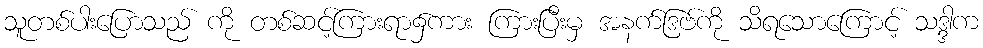
သူတစ်ပါးပြောသည် ကို တစ်ဆင့်ကြားရာ၌ကား ကြားပြီးမှ အနက်ဒြဗ်ကို သိရသောကြောင့် သဒ္ဒါက